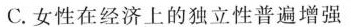
C.女性在经济上的独立性普遍增强